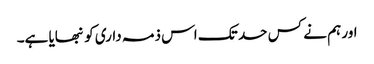
اور ہم نے کس حد تک اس ذمہ داری کو نبھایا ہے۔